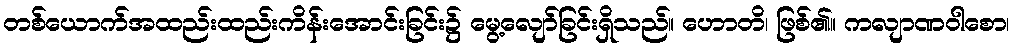
တစ်ယောက်အထည်းထည်းကိန်းအောင်းခြင်း၌ မွေ့လျော်ခြင်းရှိသည်။ ဟောတိ၊ ဖြစ်၏။ ကလျာဏဝါစော၊